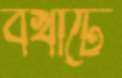
বখাটে